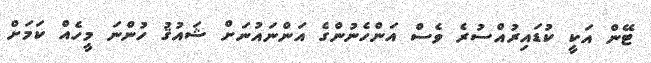
ޓޭން އަކީ ކުޑައިރުއްސުރެ ވެސް އަންހެނުންގެ އަންނައުނަށް ޝައުޤު ހުންނަ މީހެއް ކަމަށް